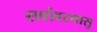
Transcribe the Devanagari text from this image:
सर्वावस्थासु